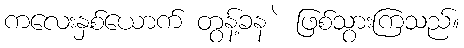
ကလေးနှစ်ယောက် တွန့်ခန ဲ ဖြစ်သွားကြသည်။